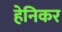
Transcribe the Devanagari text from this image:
हेनिकर